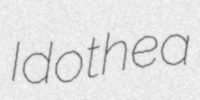
Idothea